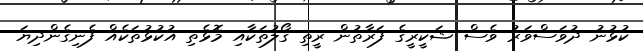
ކުޅުނު ދުވަސްވަރު ވެސް ޝަކީރީގެ ފަރާތުން ރީތި ގޯލުތަކާއި މޮޅެތި އުކުޅުތަކެއް ފެނިގެންދިޔަ